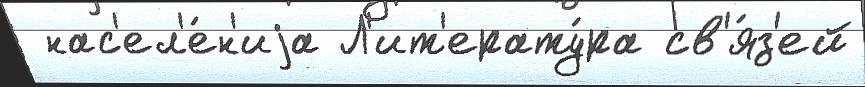
 нас'ел'е́н'иjа Л'ит'ерату́ра св'я́з'ей